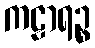
ကဠာရဉ္စ